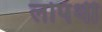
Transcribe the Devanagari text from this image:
लोपॅथी